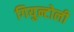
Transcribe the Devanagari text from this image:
गियुन्टोली